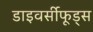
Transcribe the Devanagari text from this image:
डाइवर्सीफूड्स